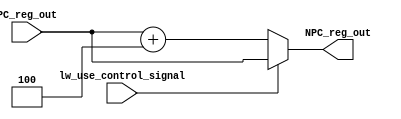
`timescale 1ps / 1ps
//////////////////////////////////////////////////////////////////////////////////
// Company: 
// Engineer: 
// 
// Design Name: 
// Module Name: NPC_REG
// Project Name: 
// Target Devices: 
// Tool Versions: 
// Description: 
// 
// Dependencies: 
// 
// Revision:
// Revision 0.01 - File Created
// Additional Comments:
// 
//////////////////////////////////////////////////////////////////////////////////
module NPC_REG(input [11:0]PC_reg_out,input lw_use_control_signal,
output [11:0]NPC_reg_out);
reg[11:0] main_reg_NPC;
initial 
begin
main_reg_NPC=12'd0;
end
always@(*)
begin
if(lw_use_control_signal==1)
main_reg_NPC=PC_reg_out;
else
main_reg_NPC=PC_reg_out +12'd4;
end
assign NPC_reg_out=main_reg_NPC;
endmodule